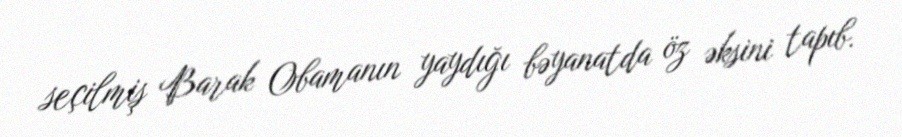
seçilmiş Barak Obamanın yaydığı bəyanatda öz əksini tapıb.